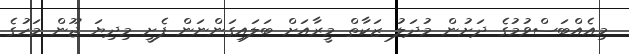
މިއެއްބަސްވުމުގެ ދަށުން މުދަލު ޒަކާތް މީރާއަށް ބަލައިގަންނަން ފެށީ މިދިޔަ ޖޫން މަހުގެ